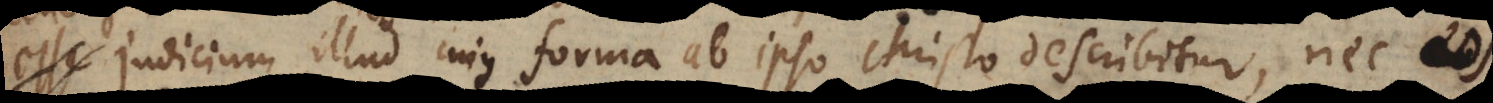
fore judicium illud cujus forma ab ipso Christo describitur,